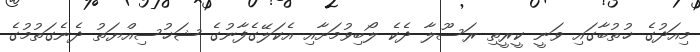
މިއަދުގެ ޚުތުބާގައި ވަނީ ކީރީތި ރަސޫލާ ދެކެ ލޯބިވުމަށާއި އެކަލޭގެފާނުގެ ޝަޚުސިއްޔަތު ދެނެގަތުމުގެ